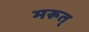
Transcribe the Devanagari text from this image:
मरूत्